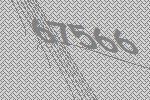
67566